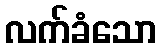
လက်ခံသော